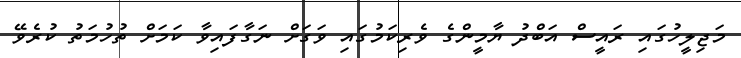
މަޖިލީހުގައި ރައީސް އަބްދު ޔާމީންގެ ވެރިކަމުގައި ވަގަށް ނަގާފައިވާ ކަމަށް ތުހުމަތު ކުރެވޭ